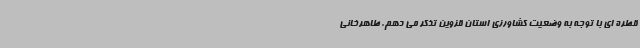
قطره ای با توجه به وضعیت کشاورزی استان قزوین تذکر می دهم. طاهرخانی